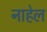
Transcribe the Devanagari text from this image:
नाहेल